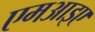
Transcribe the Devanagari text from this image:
एमआइए